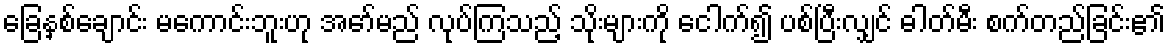
ခြေနှစ်ချောင်း မကောင်းဘူးဟု အော်မည် လုပ်ကြသည့် သိုးများကို ငေါက်၍ ပစ်ပြီးလျှင် ဓါတ်မီး စက်တည်ခြင်း၏